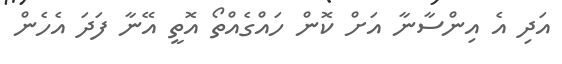
އަދި އެ އިންސާނާ އަށް ކޮން ހައްގެއްތޯ އޮތީ އޭނާ ފަދަ އެހެން